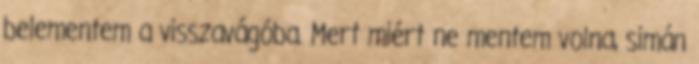
belementem a visszavágóba. Mert miért ne mentem volna, simán